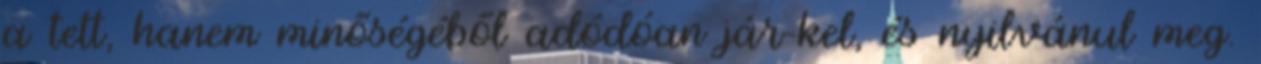
a tett, hanem minőségéből adódóan jár-kel, és nyilvánul meg.